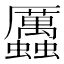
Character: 𧖄